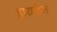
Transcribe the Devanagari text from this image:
हायफेन